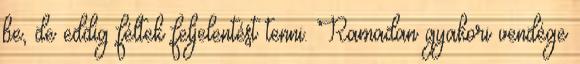
be, de eddig féltek feljelentést tenni. Ramadan gyakori vendége